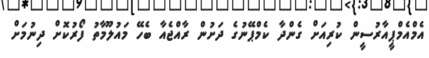
އެމްއެމްޕީއާރުސީން ކުރިއަށް ގެންދާ ކެމްޕޭނުގެ ދަށުން ރާއްޖެއާ ބެހޭ މައުލޫމާތު ފޯރުކޮށް ދިނުމަށް